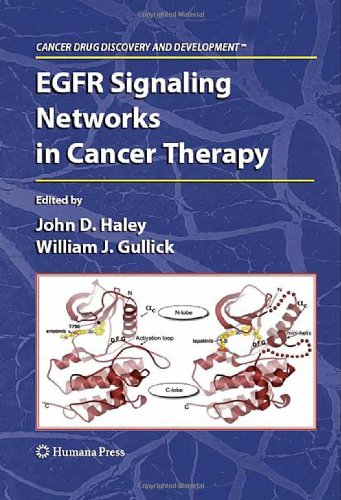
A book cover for EGFR Signaling Networks in Cancer Therapy (Cancer Drug Discovery and Development); Medical Books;